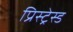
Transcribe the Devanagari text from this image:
प्रिस्ट्रेस्ड